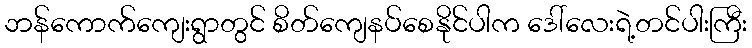
ဘန်ကောက်ကျေးရွာတွင် စိတ်ကျေနပ်စေနိုင်ပါက ဒေါ်လေးရဲ့တင်ပါးကြီး